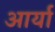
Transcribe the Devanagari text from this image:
अार्या